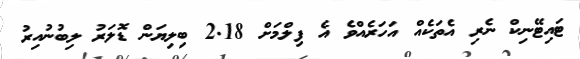
ޓައިޓޭނިކް ނެރި އެތަކެއް އަހަރެއްވެ އެ ފިލްމަށް 2.18 ބިލިޔަން ޑޮލަރު ލިބުނުއިރު